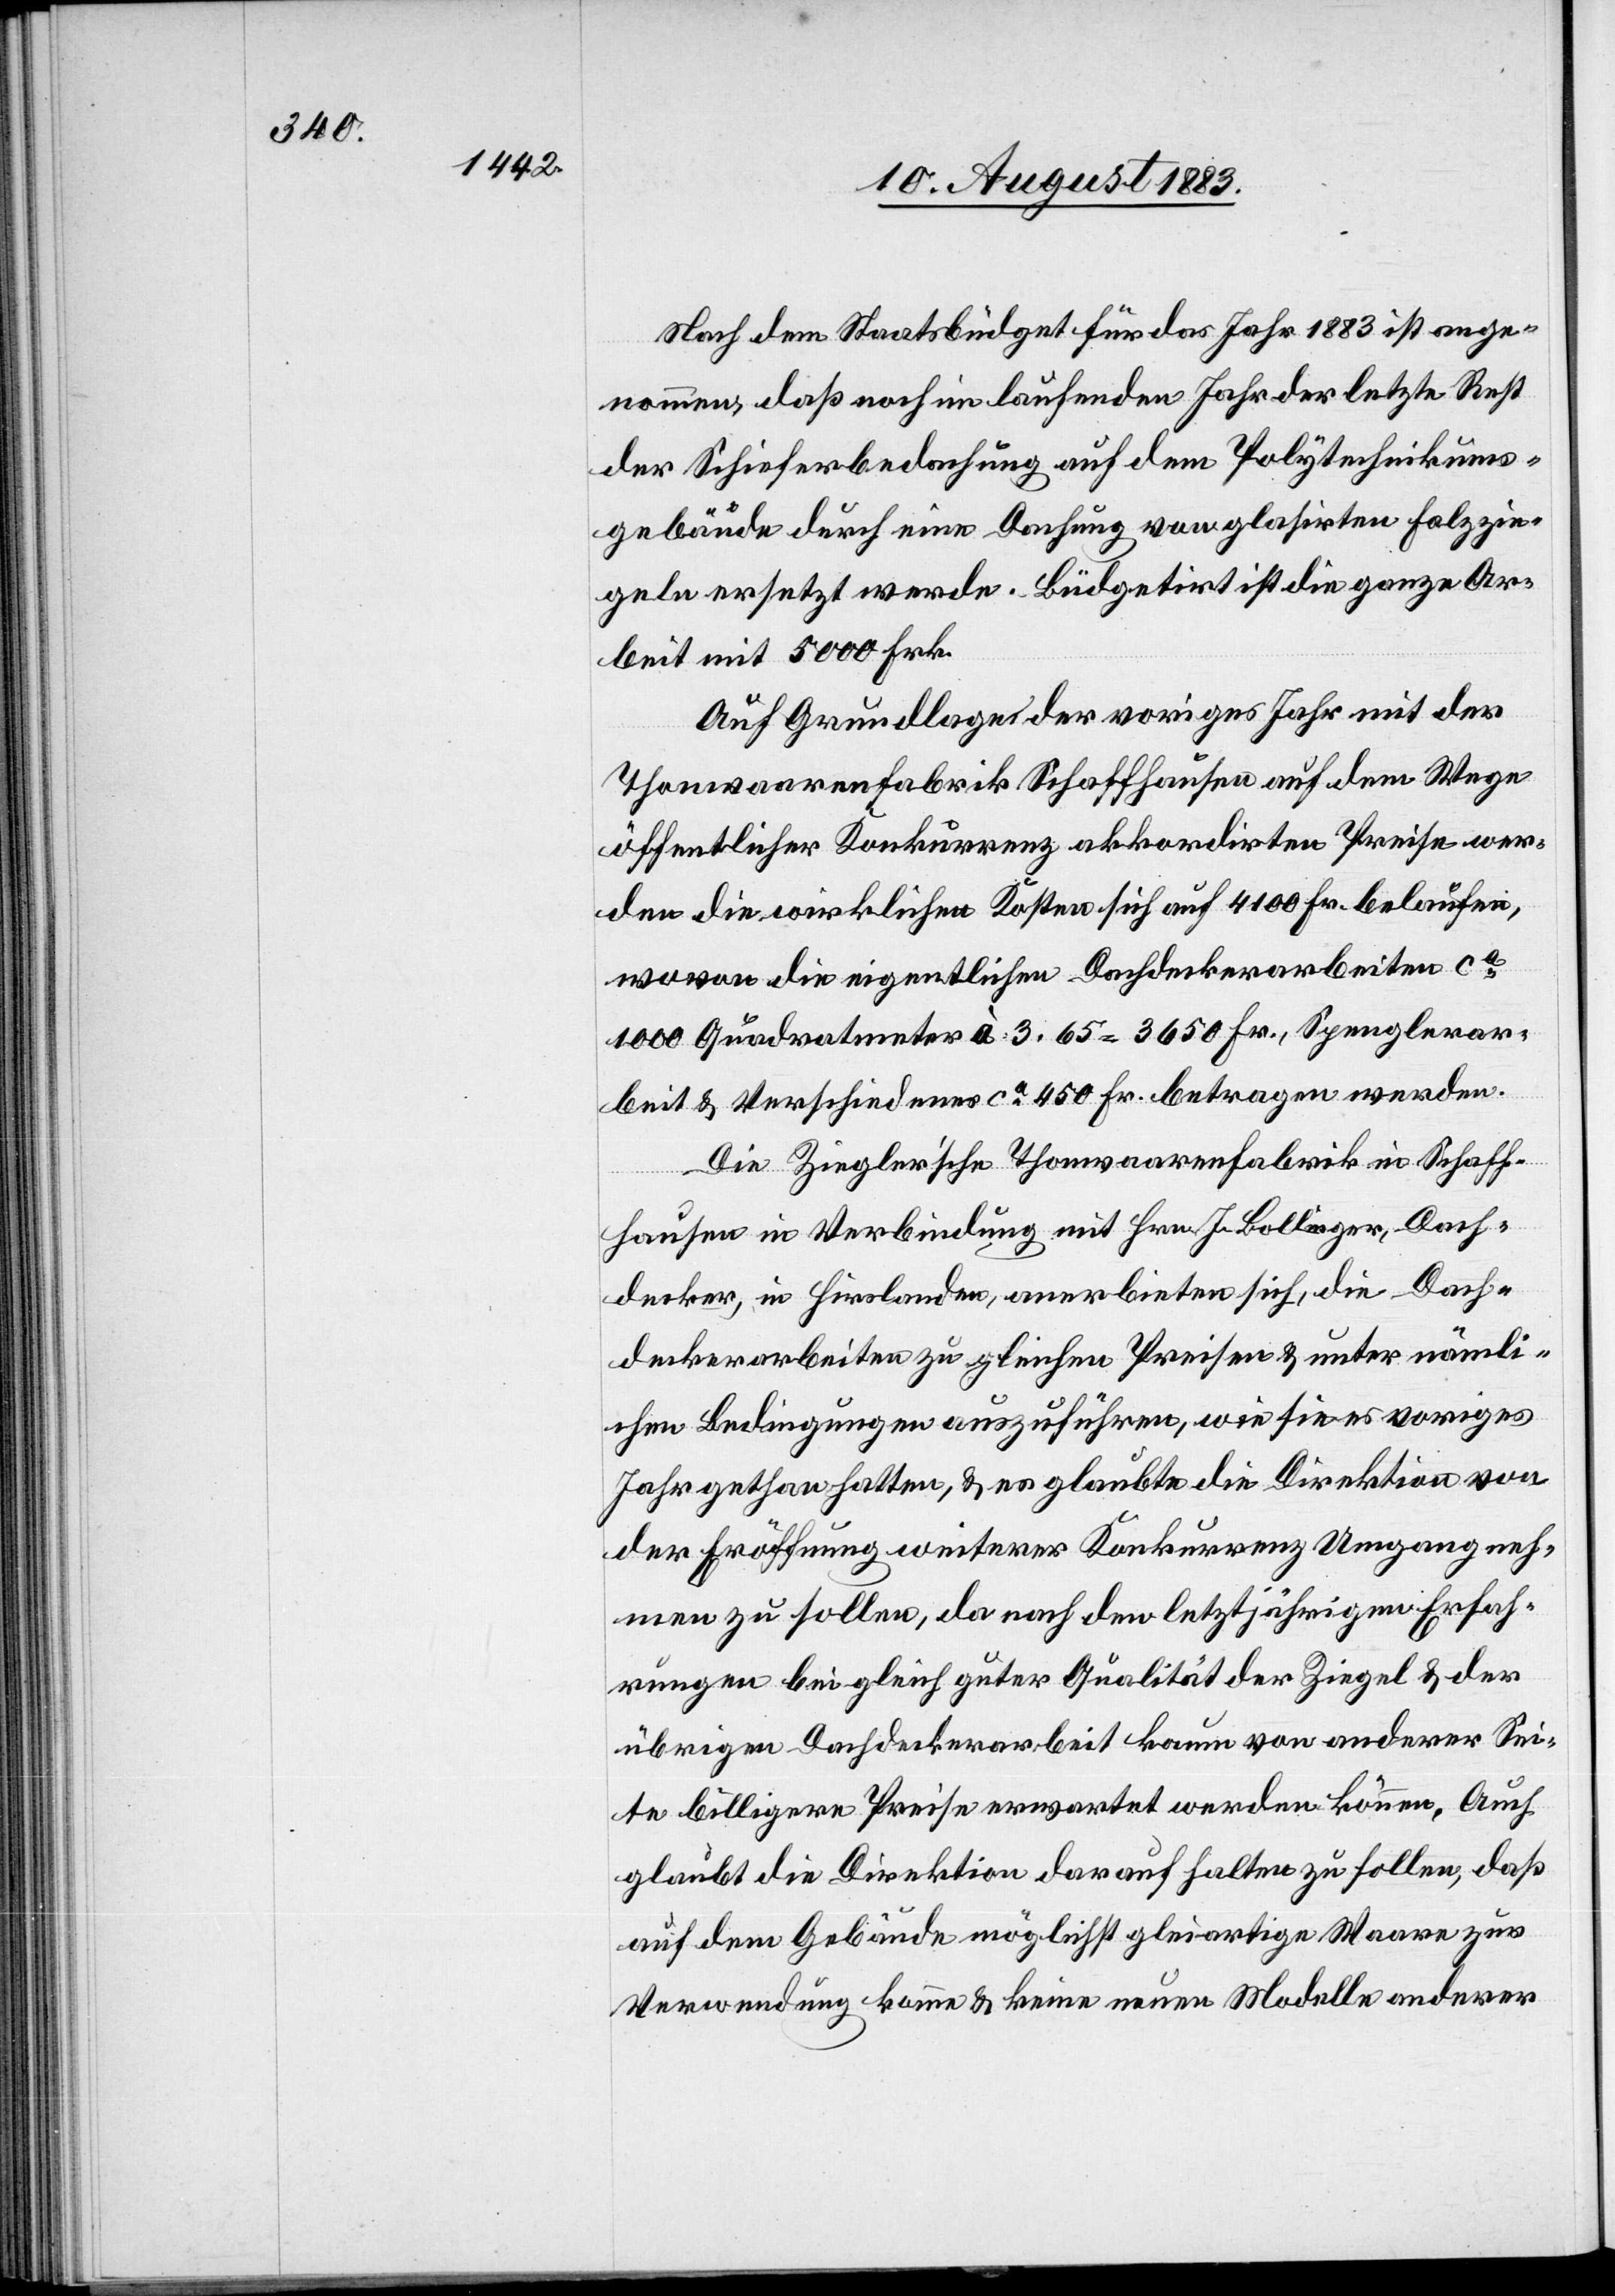
Nach dem Staatsbüdget für das Jahr 1883 ist ange¬
nommen, daß noch im laufenden Jahr der letzte Rest
der Schieferbedachung auf dem Polytechnikums¬
gebäude durch eine Dachung von glasirten Falzzie¬
geln ersetzt werde. Büdgetirt ist die ganze Ar¬
beit mit 5000 Fr.
Auf Grundlage der voriges Jahr mit der
Thonwaarenfabrik Schaffhausen auf dem Wege
öffentlicher Konkurrenz akkordirten Preise wer¬
den die wirklichen Kosten sich auf 4100 Fr. belaufen,
wovon die eigentlichen Dachdeckerarbeiten ca
1000 Quadratmeter à 3.65 = 3650 Fr., Spenglerar¬
beiten & Verschiedenes ca 450 Fr. betragen werden.
Die Ziegler’sche Thonwaarenfabrik in Schaff¬
hausen in Verbindung mit Hrn. J. Bollinger, Dach¬
decker, in Hirslanden, anerbieten sich, die Dach¬
deckerarbeiten zu gleichen Preisen & unter nämli¬
chen Bedingungen auszuführen, wie sie es voriges
Jahre gethan hatten, & es glaubte die Direktion von
der Eröffnung weiterer Konkurrenz Umgang neh¬
men zu sollen, da nach den letztjährigen Erfah¬
rungen bei gleich guter Qualität der Ziegel & der
übrigen Dachdeckerarbeit kaum von anderer Sei¬
te billigere Preise erwartet werden können. Auch
glaubt die Direktion darauf halten zu sollen, daß
auf dem Gebäude möglichst gleichartige Waare zur
Verwendung komme & keine neuen Modelle anderer